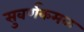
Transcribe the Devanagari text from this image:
सुवर्णकमळ